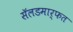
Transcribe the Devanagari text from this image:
सॅलडमार्फत